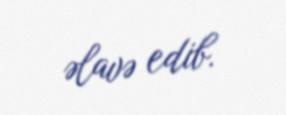
əlavə edib.